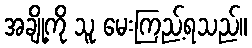
အချို့ကို သူ မေးကြည့်ရသည်။